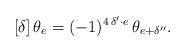
LaTeX: \begin{align*}[\delta]\,\theta_e=(-1)^{4\,\delta'\cdot e}\,\theta_{e+\delta''}.\end{align*}